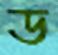
ড